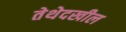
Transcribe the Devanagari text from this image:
तेथेदखील